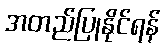
အတည်ပြုနိုင်ရန်